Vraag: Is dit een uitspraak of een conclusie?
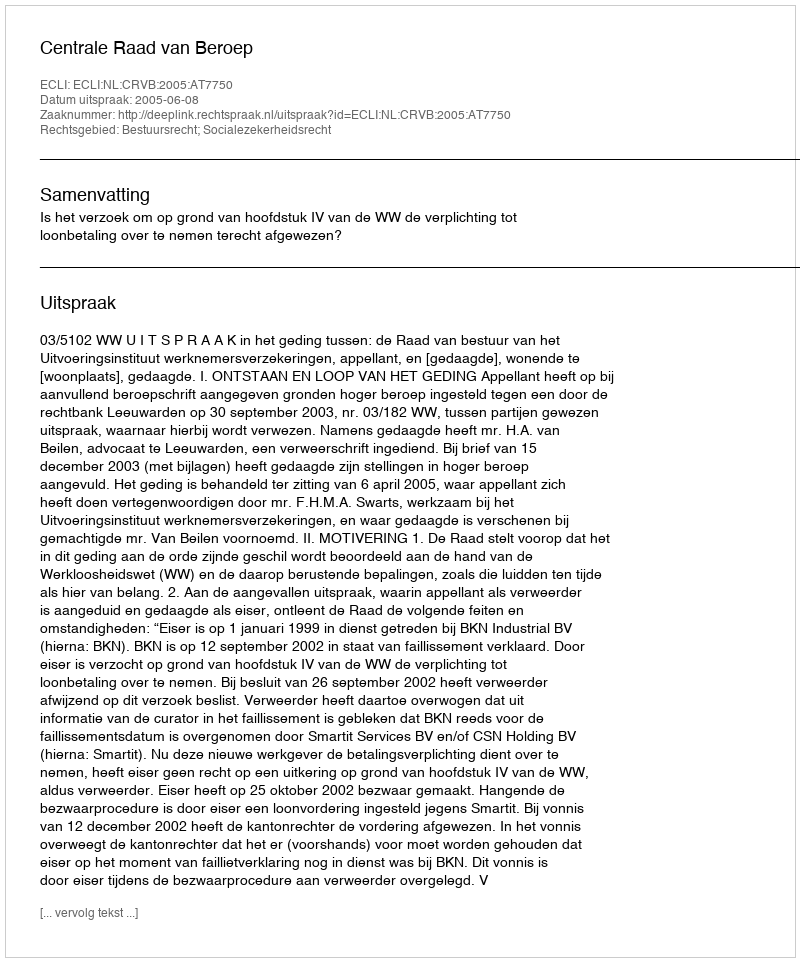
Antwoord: Uitspraak